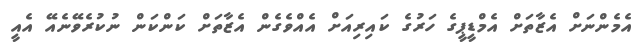
އެމެންނަށް އެޒާތަށް އެމްޑީޕީގެ ހަރުގެ ކައިރިއަށް އެއްވެގެން އެޒާތަށް ކަންކަން ނުކުރެވޭނެއޭ އެއީ